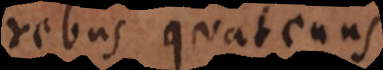
rebus quatenus